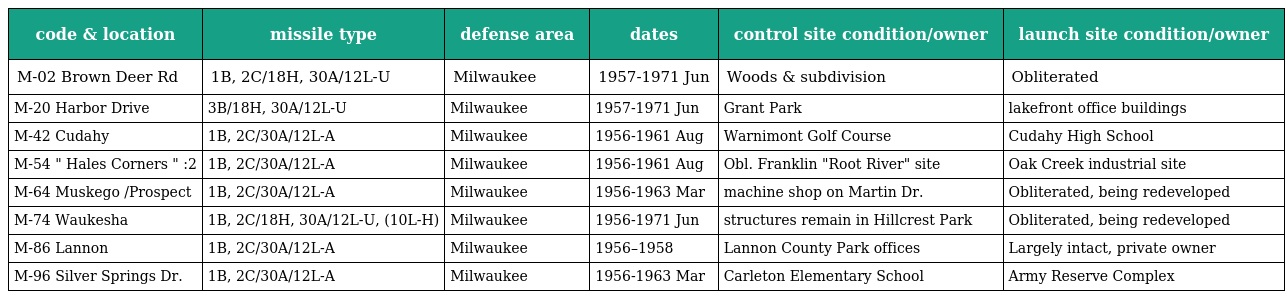
| code & location | missile type | defense area | dates | control site condition/owner | launch site condition/owner |
 | --- | --- | --- | --- | --- | --- |
 | M-02 Brown Deer Rd | 1B, 2C/18H, 30A/12L-U | Milwaukee | 1957-1971 Jun | Woods & subdivision | Obliterated |
 | M-20 Harbor Drive | 3B/18H, 30A/12L-U | Milwaukee | 1957-1971 Jun | Grant Park | lakefront office buildings |
 | M-42 Cudahy | 1B, 2C/30A/12L-A | Milwaukee | 1956-1961 Aug | Warnimont Golf Course | Cudahy High School |
 | M-54 " Hales Corners " :2 | 1B, 2C/30A/12L-A | Milwaukee | 1956-1961 Aug | Obl. Franklin "Root River" site | Oak Creek industrial site |
 | M-64 Muskego /Prospect | 1B, 2C/30A/12L-A | Milwaukee | 1956-1963 Mar | machine shop on Martin Dr. | Obliterated, being redeveloped |
 | M-74 Waukesha | 1B, 2C/18H, 30A/12L-U, (10L-H) | Milwaukee | 1956-1971 Jun | structures remain in Hillcrest Park | Obliterated, being redeveloped |
 | M-86 Lannon | 1B, 2C/30A/12L-A | Milwaukee | 1956–1958 | Lannon County Park offices | Largely intact, private owner |
 | M-96 Silver Springs Dr. | 1B, 2C/30A/12L-A | Milwaukee | 1956-1963 Mar | Carleton Elementary School | Army Reserve Complex |